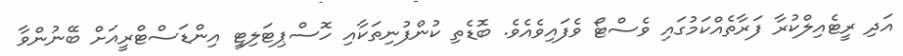
އަދި ރީޓެއިލްކުރާ ފަރާތެއްކަމުގައި ވެސްޓޯ ވެފައިވެއެވެ. ބޮޑެތި ކުންފުނިތަކާއި ހޮސްޕިޓަލިޓީ އިންޑަސްޓްރީއަށް ބޭނުންވާ